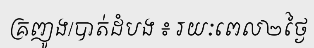
គ្រញូង/បាត់ដំបង ៖ រយៈពេល២ថ្ងៃ